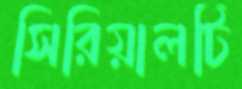
সিরিয়ালটি